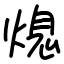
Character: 熄